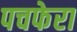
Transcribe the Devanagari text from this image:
पचफेरा